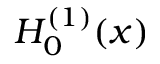
H _ { 0 } ^ { ( 1 ) } ( x )